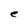
Character: e